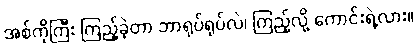
အစ်ကိုကြီး ကြည့်ခဲ့တာ ဘာရုပ်ရုပ်လဲ၊ ကြည့်လို့ ကောင်းရဲ့လား။